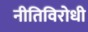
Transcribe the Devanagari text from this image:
नीतिविरोधी